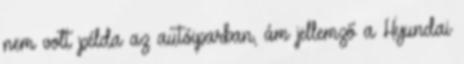
nem volt példa az autóiparban, ám jellemző a Hyundai